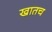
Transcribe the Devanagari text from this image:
खातच